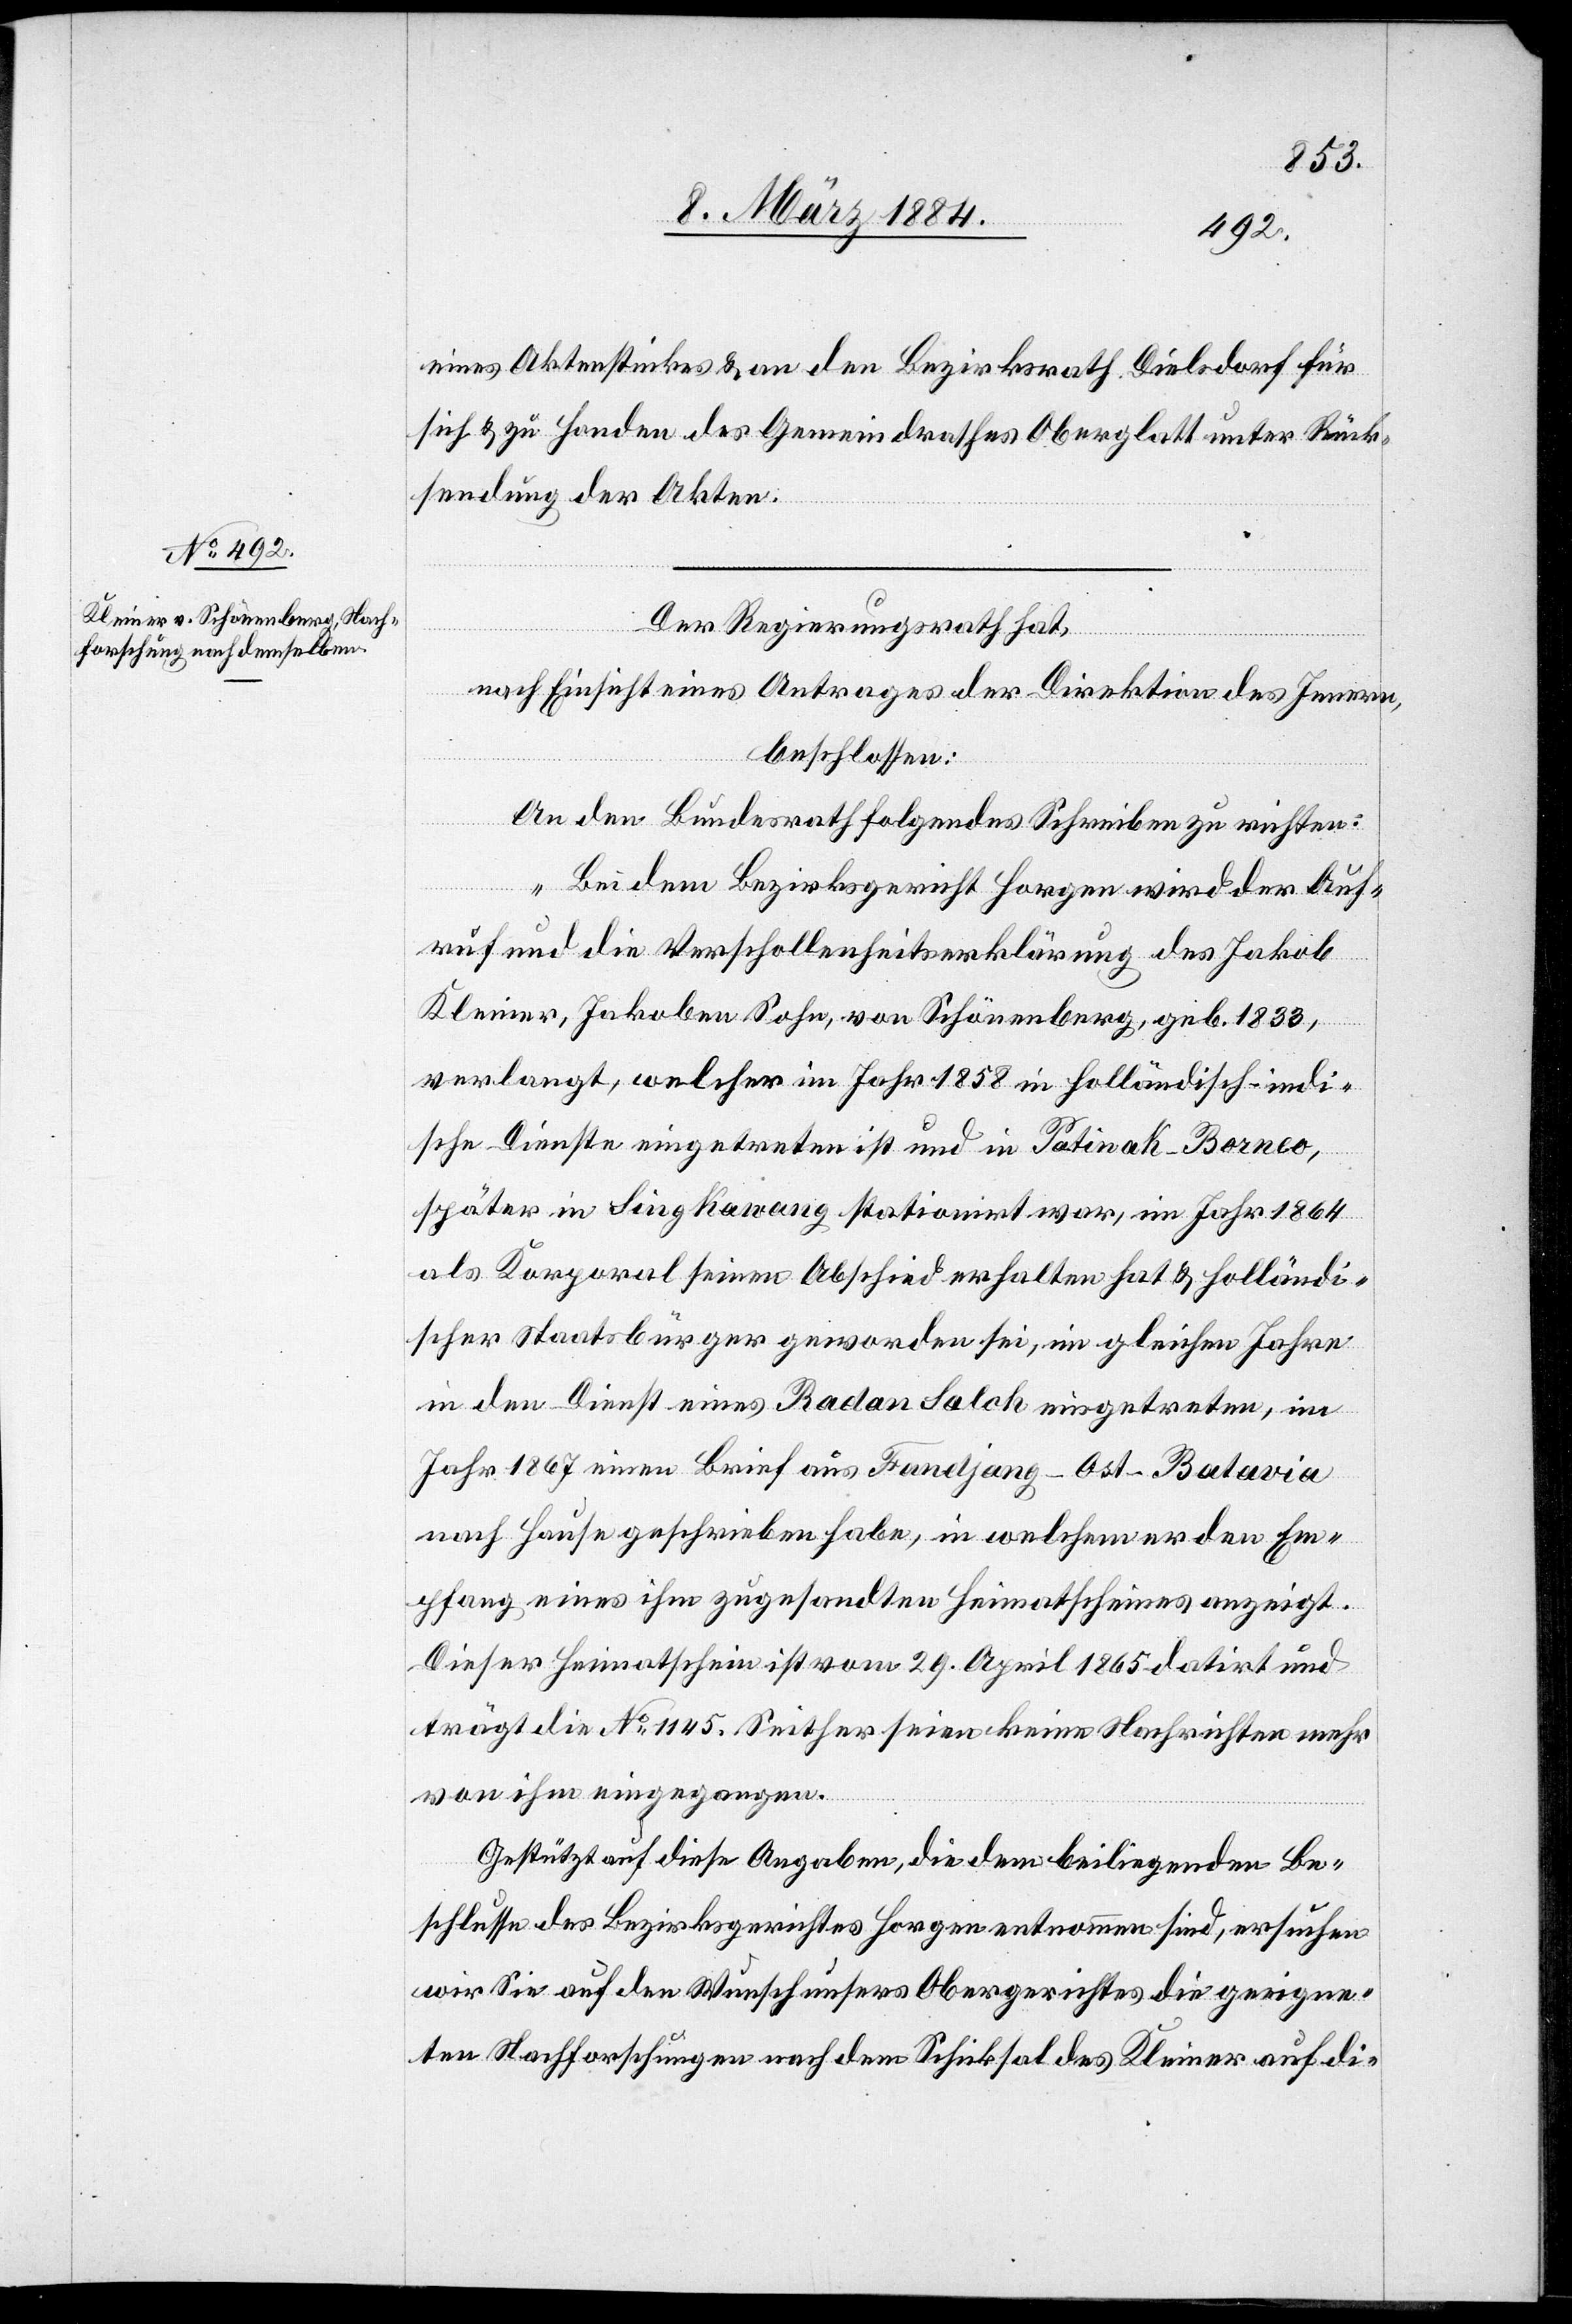
eines Aktenstückes & an den Bezirksrath Dielsdorf für
sich & zu Handen des Gemeindrathes Oberglatt unter Rück¬
sendung der Akten.
Der Regierungsrath hat,
nach Einsicht eines Antrages der Direktion des Innern,
beschlossen:
An den Bundesrath folgendes Schreiben zu richten:
„Bei dem Bezirksgericht Horgen wird der Auf¬
ruf und die Verschollenheitserklärung des Jakob
Kleiner, Jakoben Sohn, von Schönenberg, geb. 1833,
verlangt, welcher im Jahr 1858 in holländisch-indi¬
sche Dienste eingetreten ist und in Patinak - Borneo,
später in Sing Kawang stationirt war, im Jahr 1864
als Korporal seinen Abschied erhalten hat & holländi¬
scher Staatsbürger geworden sei, im gleichen Jahre
in den Dienst eines Radan Salch eingetreten, im
Jahr 1867 einen Brief aus Fandjang - Ost-Batavia
nach Hause geschrieben habe, in welchem er den Em¬
pfang eines ihm zugesandten Heimatscheines anzeigt.
Dieser Heimatschein ist vom 29. April 1865 datirt und
trägt die No 1145. Seither seien keine Nachrichten mehr
von ihm eingegangen.
Gestützt auf diese Angaben, die dem beiliegenden Be¬
schlusse des Bezirksgerichtes Horgen entnommen sind, ersuchen
wir Sie auf den Wunsch unsers Obergerichtes die geeigne¬
ten Nachforschungen nach dem Schicksal des Kleiner auf di-